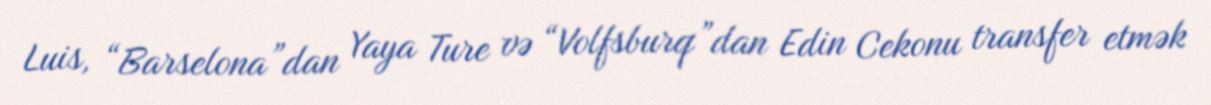
Luis, “Barselona”dan Yaya Ture və “Volfsburq”dan Edin Cekonu transfer etmək